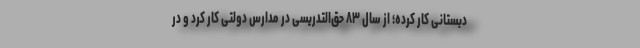
دبستانی کار کرده؛ از سال ۸۳ حق‌التدریسی در مدارس دولتی کار کرد و در